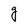
Character: g